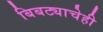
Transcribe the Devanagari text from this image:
बिबट्याचेही